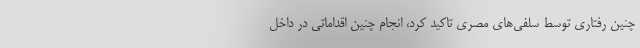
چنین رفتاری توسط سلفی‌های مصری تاکید کرد، انجام چنین اقداماتی در داخل